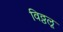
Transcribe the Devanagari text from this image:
विठ्ठलू